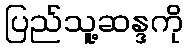
ပြည်သူ့ဆန္ဒကို